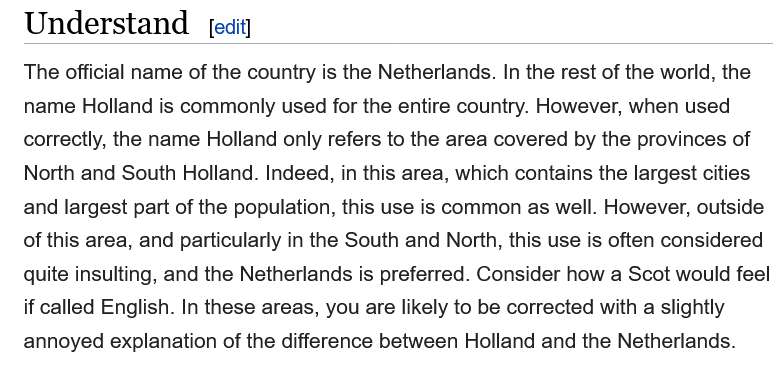
Understand
   The official name of the country is the Netherlands. In the rest of the world, the
   name Holland is commonly used for the entire country. However, when used
   correctly, the name Holland only refers to the area covered by the provinces of
   North and South Holland. Indeed, in this area, which contains the largest cities
   and largest part of the population, this use is common as well. However, outside
   of this area, and particularly in the South and North, this use is often considered
   quite insulting, and the Netherlands is preferred. Consider how a Scot would feel
   if called English. In these areas, you are likely to be corrected with a slightly
   annoyed explanation of the difference between Holland and the Netherlands.
     [edit]